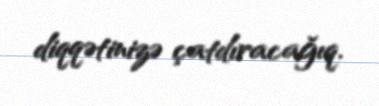
diqqətinizə çatdıracağıq.